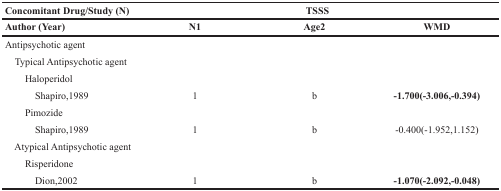
<table><thead><tr><td><b>Concomitant Drug/Study (N)</b></td><td colspan="3"><b>TSSS</b></td></tr><tr><td><b>Author (Year)</b></td><td><b>N1</b></td><td><b>Age2</b></td><td><b>WMD</b></td></tr></thead><tbody><tr><td>Antipsychotic agent</td><td></td><td></td><td></td></tr><tr><td> Typical Antipsychotic agent</td><td></td><td></td><td></td></tr><tr><td>Haloperidol</td><td></td><td></td><td></td></tr><tr><td>Shapiro,1989</td><td>1</td><td>b</td><td><b>-1.700(-3.006,-0.394)</b></td></tr><tr><td>Pimozide</td><td></td><td></td><td></td></tr><tr><td>Shapiro,1989</td><td>1</td><td>b</td><td>-0.400(-1.952,1.152)</td></tr><tr><td> Atypical Antipsychotic agent</td><td></td><td></td><td></td></tr><tr><td>Risperidone</td><td></td><td></td><td></td></tr><tr><td>Dion,2002</td><td>1</td><td>b</td><td><b>-1.070(-2.092,-0.048)</b></td></tr></tbody></table>